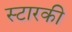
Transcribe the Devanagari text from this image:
स्टारकी